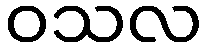
ဝသလ